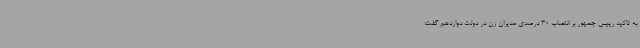
به تاکید رییس جمهور بر انتصاب 30 درصدی مدیران زن در دولت دوازدهم گفت: